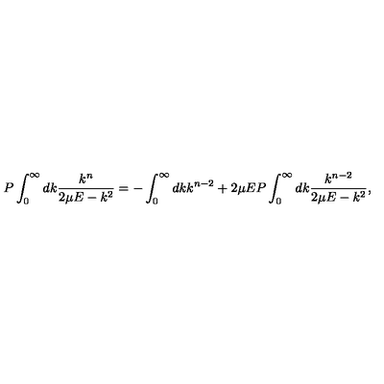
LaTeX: P \int _ { 0 } ^ { \infty } d k \frac { k ^ { n } } { 2 \mu E - k ^ { 2 } } = - \int _ { 0 } ^ { \infty } d k k ^ { n - 2 } + 2 \mu E P \int _ { 0 } ^ { \infty } d k \frac { k ^ { n - 2 } } { 2 \mu E - k ^ { 2 } } ,